Leaving Certificate Examination, 1907
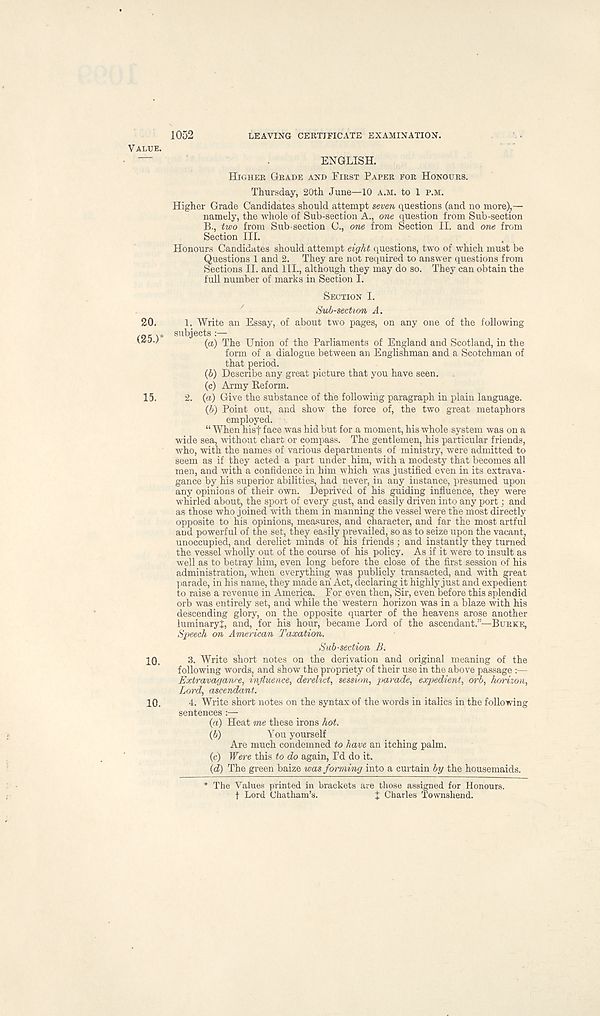
1052
LEAVING CERTIFICATE EXAMINATION.
HIGHER GRADE AND FIRST PAPER FOR HONOURS.
Thursday, 20th June—10 A.M. to 1 P.M.
Higher Grade Candidates should attempt &even questions (and no more),—
namely, the whole of Sub-section A., one question from Sub-section
B., two from Sub-section 0., one from Section II. and one from
Section III.
Honours Candidates should attempt eight questions, two of which must be
Questions 1 and 2. They are not required to answer questions from
Sections II. and ill., although they may do so. They can obtain the
full number of marks in Section I.
20.
(25.)*
10.
10.
SECTION I.
Sub-section A.
1. Write an Essay, of about two pages, on any one of the following
subjects :—
(a) The Union of the Parliaments of England and Scotland, in the
form of a dialogue between an Englishman and a Scotchman of
that period.
(b) Describe any great picture that you have seen.
(c) Army Reform.
2. (a) Give the substance of the following paragraph in plain language.
(b) Point out, and show the force of, the two great metaphors
employed.
“ When hisf face was hid but for a moment, his whole system was on a
wide sea, without chart or compass. The gentlemen, his particular friends,
who, with the names of various departments of ministry, were admitted to
seem as if they acted a part under him, with a modesty that becomes all
men, and with a confidence in him which was justified even in its extrava-
gance by his superior abilities, had never, in any instance, presumed upon
any opinions of their own. Deprived of his guiding influence, they were
whirled about, the sport of every gust, and easily driven into any port; and
as those who joined with them in manning the vessel were the most directly
opposite to his opinions, measures, and character, and far the most artful
and powerful of the set, they easily prevailed, so as to seize upon the vacant,
unoccupied, and derelict minds of his friends ; and instantly they turned
the vessel wholly out of the course of his policy. As if it were to insult as
well as to betray him, even long before the close of the first session of his
administration, when everything^ was publicly transacted, and with great
parade, in his name, they made ah Act, declaring it highly just and expedient
to raise a revenue in America. For even then, Sir, even before this splendid
orb was entirely set, and while the western horizon was in a blaze with his
descending glory, on the opposite quarter of the heavens arose another
luminaryJ, and, for his hour, became Lord of the ascendant.”—BURKE,
Speech on American Taxation.
Sub-section B.
3. Write short notes on the derivation and original meaning of the
following words, and show the propriety of their use in the above passage :—
Extravagance, influence, derelict, session, 'parade, expedient, orb, horizon.
Lord, ascendant.
4. Write short notes on the syntax of the words in italics in the following
sentences:—
{a) Heat me these irons hot.
(b)
You yourself
Are much condemned to have an itching palm.
(c) Were this to do again, I’d do it.
(d) The green baize was forming into a curtain by the housemaids.
* The Values printed in brackets are those assigned for Honours,
f Lord Chatham’s.
X Charles Townshend.